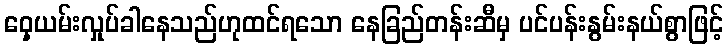
ဝှေ့ယမ်းလှုပ်ခါနေသည်ဟုထင်ရသော နေခြည်တန်းဆီမှ ပင်ပန်းနွမ်းနယ်စွာဖြင့်